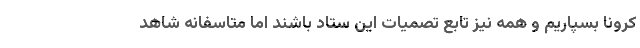
کرونا بسپاریم و همه نیز تابع تصمیات این ستاد باشند اما متاسفانه شاهد